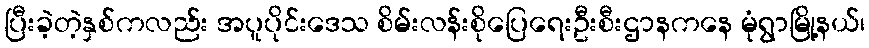
ပြီးခဲ့တဲ့နှစ်ကလည်း အပူပိုင်းဒေသ စိမ်းလန်းစိုပြေရေးဦးစီးဌာနကနေ မုံရွာမြို့နယ်၊